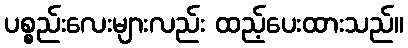
ပစ္စည်းလေးများလည်း ထည့်ပေးထားသည်။